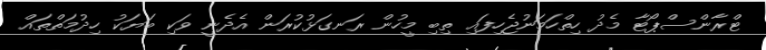
ޓްރާންސްޕޯޓާ މެދު ހިތްހަމަނުޖެހިފައި ތިބި މީހުން ރަނގަޅުކުރަން އެދެނީ ވަކި ބަޔަކު ހިދުމަތްތައް